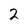
Character: 2